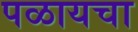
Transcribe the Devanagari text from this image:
पळायचा